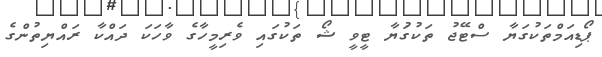
ޕޯޑިއަމްތަކުގަޔާ ސްޓޭޖު ތަކުގަުޔާ ޓީވީ ޝޯ ތަކުގައި ވެރިމީހާގެ ވާހަކަ ދައްކާ ރައްޔިތުންގެ